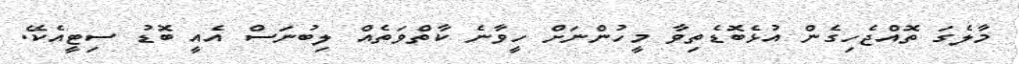
މާލެގަ ތޮއްޖެހިގެން އުޅެބޮޑެތިވާ މީހުންނަށް ހީވާނެ ކާތްވަތެއް ލިބުނަސް އެއީ ބޮޑު ސިޓީއެކޭ.